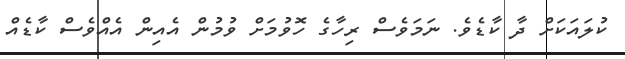
ކުލައަކަށް ދާ ކާޑެވެ. ނަމަވެސް ރިހާގެ ހޮވުމަށް ވުމުން އެއިން އެއްވެސް ކާޑެއް